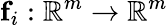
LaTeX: \mathbf{f}_{i}:\mathbb{R}^{m}\rightarrow\mathbb{R}^{m}